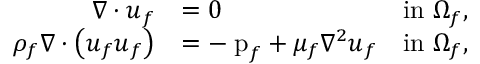
\begin{array} { r l r } { \nabla \cdot \boldsymbol { u } _ { f } } & { = 0 } & { \mathrm { i n ~ } \Omega _ { f } , } \\ { \rho _ { f } \nabla \cdot \left( \boldsymbol { u } _ { f } \boldsymbol { u } _ { f } \right) } & { = - \mathrm { \nabla { p } } _ { f } + \mu _ { f } \nabla ^ { 2 } \boldsymbol { u } _ { f } } & { \mathrm { i n ~ } \Omega _ { f } , } \end{array}